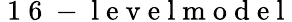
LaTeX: \mathrm{~1~6~-~l~e~v~e~l~m~o~d~e~l~}